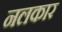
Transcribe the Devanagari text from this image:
नलकार